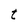
Character: t